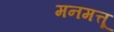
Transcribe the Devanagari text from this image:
मनमत्तू